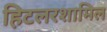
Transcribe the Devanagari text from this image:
हिटलरशामिल